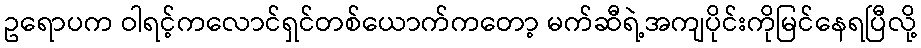
ဥရောပက ဝါရင့်ကလောင်ရှင်တစ်ယောက်ကတော့ မက်ဆီရဲ့အကျပိုင်းကိုမြင်နေရပြီလို့